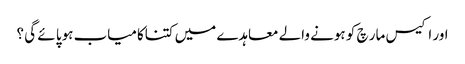
اور اکیس مار چ کو ہونے والے معاہدے میں کتناکامیاب ہوپا ئے گی ؟